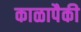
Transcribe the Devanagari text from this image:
काळापैकी